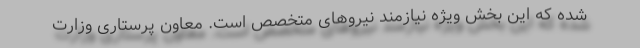
شده که این بخش ویژه نیازمند نیروهای متخصص است. معاون پرستاری وزارت